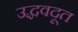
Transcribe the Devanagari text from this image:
उद्धवदूत